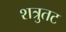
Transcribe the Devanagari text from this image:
शत्रुतट